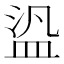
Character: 盕